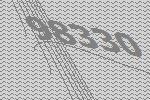
98330